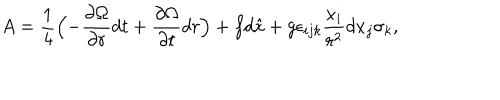
A = \frac { 1 } { 4 } \Bigl ( - \frac { \partial \Omega } { \partial r } d t + \frac { \partial \Omega } { \partial t } d r \Bigr ) + f d \hat { x } + g \epsilon _ { i j k } \frac { x _ { i } } { r ^ { 2 } } d x _ { j } \sigma _ { k } ,